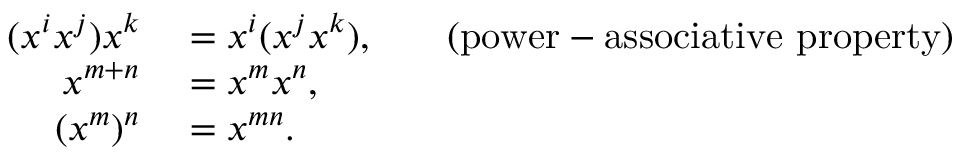
\begin{array} { r l r l } { ( x ^ { i } x ^ { j } ) x ^ { k } } & { { } = x ^ { i } ( x ^ { j } x ^ { k } ) , } & { } & { { } { \mathrm { ( p o w e r - a s s o c i a t i v e ~ p r o p e r t y ) } } } \\ { x ^ { m + n } } & { { } = x ^ { m } x ^ { n } , } \\ { ( x ^ { m } ) ^ { n } } & { { } = x ^ { m n } . } \end{array}